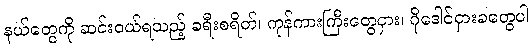
နယ်တွေကို ဆင်းဝယ်ရသည့် ခရီးစရိတ်၊ ကုန်ကားကြီးတွေငှား၊ ဂိုဒေါင်ငှားခတွေပါ